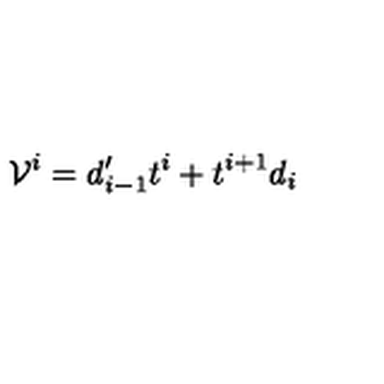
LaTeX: { \cal V } _ { } ^ { i } = d _ { i - 1 } ^ { \prime } t ^ { i } + t ^ { i + 1 } d _ { i }